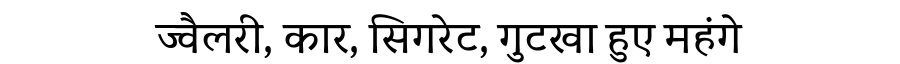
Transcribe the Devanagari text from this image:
ज्वैलरी, कार, सिगरेट, गुटखा हुए महंगे